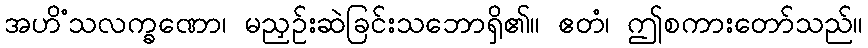
အဟိံသလက္ခဏော၊ မညှဉ်းဆဲခြင်းသဘောရှိ၏။ ဧတံ၊ ဤစကားတော်သည်။